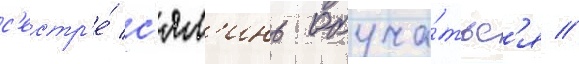
с'естр'е́ с'ял'инь обуча́тьс'я //